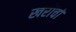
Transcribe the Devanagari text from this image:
खरोंचो